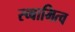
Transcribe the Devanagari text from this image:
स्व्बामित्व